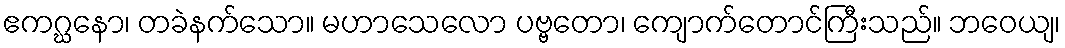
ဧကဂ္ဃနော၊ တခဲနက်သော။ မဟာသေလော ပဗ္ဗတော၊ ကျောက်တောင်ကြီးသည်။ ဘဝေယျ၊